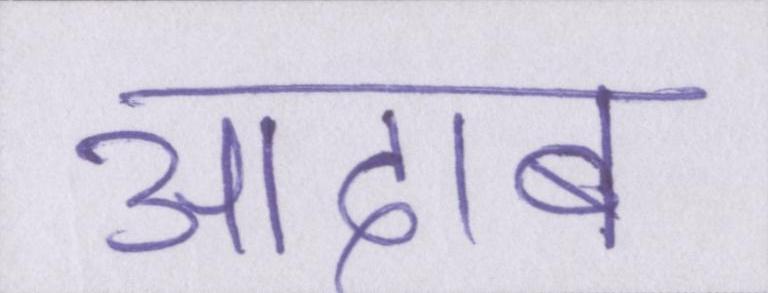
आदाब